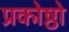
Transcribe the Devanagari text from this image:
प्रकोष्ठो